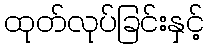
ထုတ်လုပ်ခြင်းနှင့်